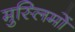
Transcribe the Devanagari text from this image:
मुस्‍लिमों